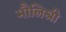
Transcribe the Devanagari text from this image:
मौलिश्री